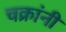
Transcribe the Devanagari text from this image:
चक्रांनी